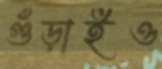
গুঁড়াইও